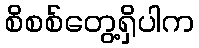
စိစစ်တွေ့ရှိပါက